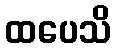
ထပေသိ